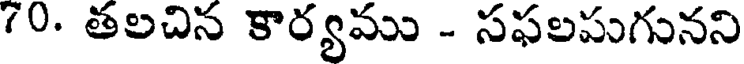
70. తలచిన కార్యము - సఫలపుగునని